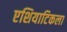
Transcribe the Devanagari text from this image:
एशियाटिकला